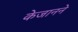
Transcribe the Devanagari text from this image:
केजानने